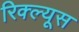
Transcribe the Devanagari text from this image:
रिक्ल्यूस